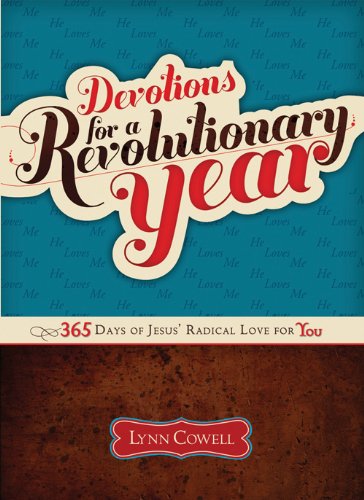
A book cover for Devotions for a Revolutionary Year: 365 Days of JesusEE Radical Love for You; Lynn Cowell; Teen & Young Adult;